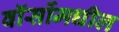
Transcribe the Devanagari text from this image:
वॉर्सोमधील